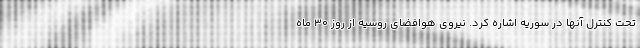
تحت کنترل آنها در سوریه اشاره کرد. نیروی هوافضای روسیه از روز ۳۰ ماه